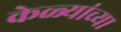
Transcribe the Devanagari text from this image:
केळ्यांच्या